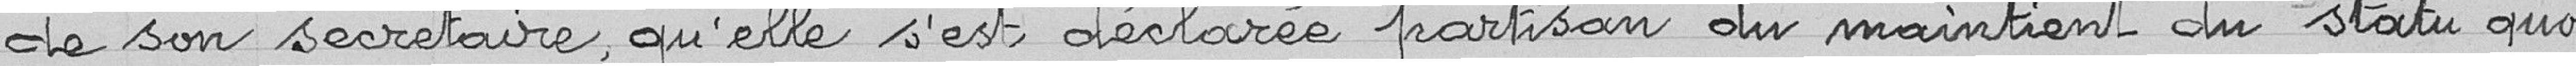
de son secrétaire qu’elle s’est déclarée partisan du maintient du statu quo